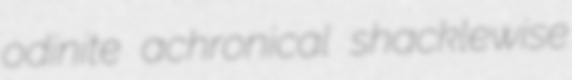
odinite achronical shacklewise